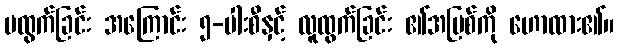
မထွက်ခြင်း အကြောင်း ၅-ပါးစီနှင့် လူထွက်ခြင်း ၏အပြစ်ကို ဟောထား၏။